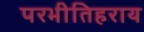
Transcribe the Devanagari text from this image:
परभीतिहराय